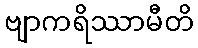
ဗျာကရိဿာမီတိ